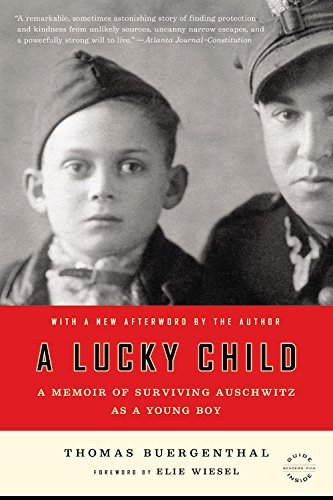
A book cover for A Lucky Child: A Memoir of Surviving Auschwitz as a Young Boy; Thomas Buergenthal; Biographies & Memoirs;